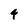
Character: 4